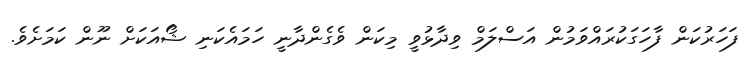
ފަހަރުކަން ފާހަގަކުރައްވަމުން އަސްލަމް ވިދާޅުވީ މިކަން ވެގެންދާނީ ހަމައެކަނި ޝޯއަކަށް ނޫން ކަމަށެވެ.